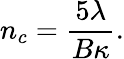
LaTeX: n_{c}=\frac{5\lambda}{B\kappa}.